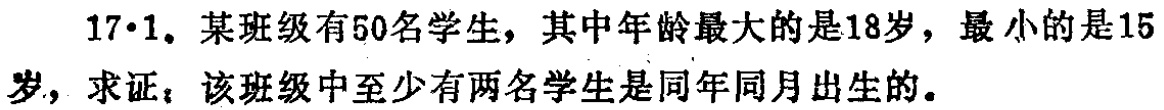
17·1. 某班级有50名学生，其中年龄最大的是18岁，最小的是15岁，求证：该班级中至少有两名学生是同年同月出生的。